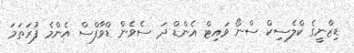
ޑިޒްނީގެ ކްލެސިކް ސްނޯ ވައިޓް އެންޑް ދަ ސެވެން ޑްވާފްސް އެންމެ ފުރަތަމަ